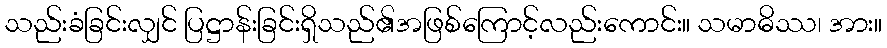
သည်းခံခြင်းလျှင် ပြဋ္ဌာန်းခြင်းရှိသည်၏အဖြစ်ကြောင့်လည်းကောင်း။ သမာဓိဿ၊ အား။